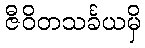
ဇီဝိတသင်္ခယမှိ